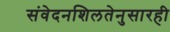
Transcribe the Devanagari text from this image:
संवेदनशिलतेनुसारही